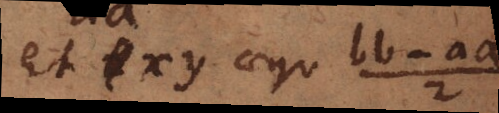
et xy aequ bb-aa/2